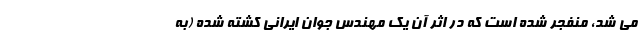
می شد، منفجر شده است که در اثر آن یک مهندس جوان ایرانی کشته شده (به